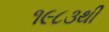
૧૯૮૩થી